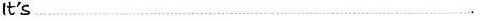
It's…………